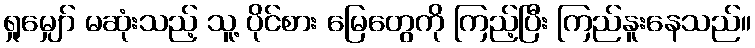
ရှုမျှော် မဆုံးသည့် သူ့ ပိုင်စား မြေတွေကို ကြည့်ပြီး ကြည်နူးနေသည်။